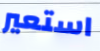
استعير